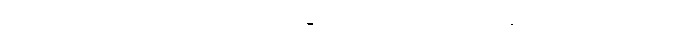
စစ်ပြီးခေတ်မှာ စိုက်ပျိုးရေးကောလိပ်အဆောက်အအုံကို ယူပြီး ယူနီဗာစီတီကောလိပ်ကနေ